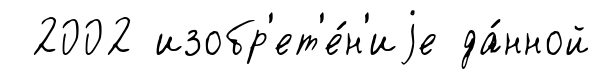
2002 изобр'ет'е́н'иjе да́нной